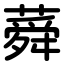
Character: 蕣